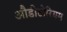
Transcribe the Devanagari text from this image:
औडीटोरियम